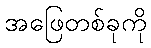
အဖြေတစ်ခုကို